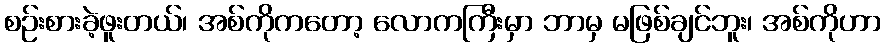
စဉ်းစားခဲ့ဖူးတယ်၊ အစ်ကိုကတော့ လောကကြီးမှာ ဘာမှ မဖြစ်ချင်ဘူး၊ အစ်ကိုဟာ